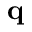
\mathbf q